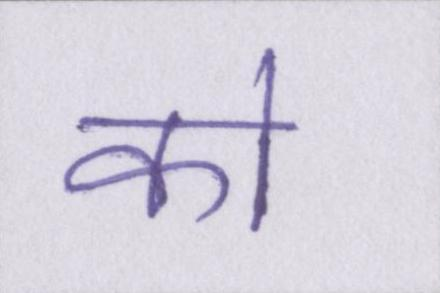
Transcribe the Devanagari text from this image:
को